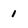
Character: 1